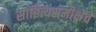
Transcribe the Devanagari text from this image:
साहित्यसमीक्षेचे